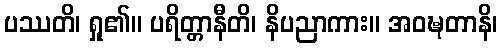
ပဿတိ၊ ရှု၏။ ပရိတ္တာနီတိ၊ နိပညာကား။ အဝဍ္ဎတာနိ၊